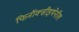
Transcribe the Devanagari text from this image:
फिनॉक्सीइथेनॉल